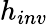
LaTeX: h_{inv}